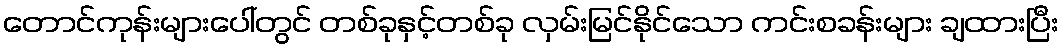
တောင်ကုန်းများပေါ်တွင် တစ်ခုနှင့်တစ်ခု လှမ်းမြင်နိုင်သော ကင်းစခန်းများ ချထားပြီး